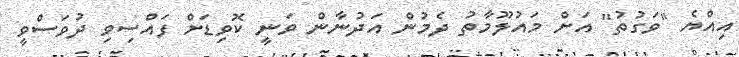
އިއްޔެ "ވަގުތު" އަށް މައުލޫމާތު ދެމުން އަދުނާން ވަނީ ކޮވިޑަށް ފައްސިވި ދުވަސްވީ